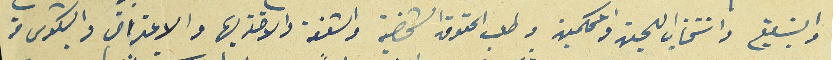
والتبليغ وانتخاب اللجن والمحكمين وطلب الحقوق الشخصية والاخذ بها والاعتراض والشكوى من